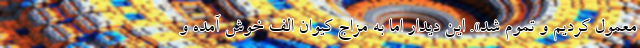
معمول کردیم و تموم شد». این دیدار اما به مزاج کیوان الف خوش آمده و